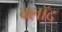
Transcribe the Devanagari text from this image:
क्लॉद